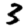
Digit: 3